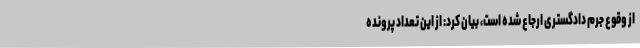
از وقوع جرم دادگستری ارجاع شده است، بیان کرد: از این تعداد پرونده